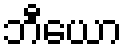
ဘီယော